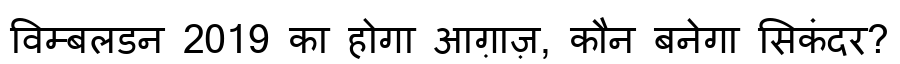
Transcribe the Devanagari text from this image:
विम्बलडन 2019 का होगा आग़ाज़, कौन बनेगा सिकंदर?